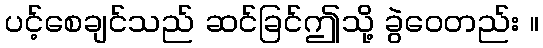
ပင့်စေချင်သည် ဆင်ခြင်ဤသို့ ခွဲဝေတည်း ။